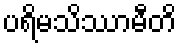
ပရိမသိဿာမီတိ